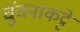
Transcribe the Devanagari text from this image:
चुंचनाकट्टे